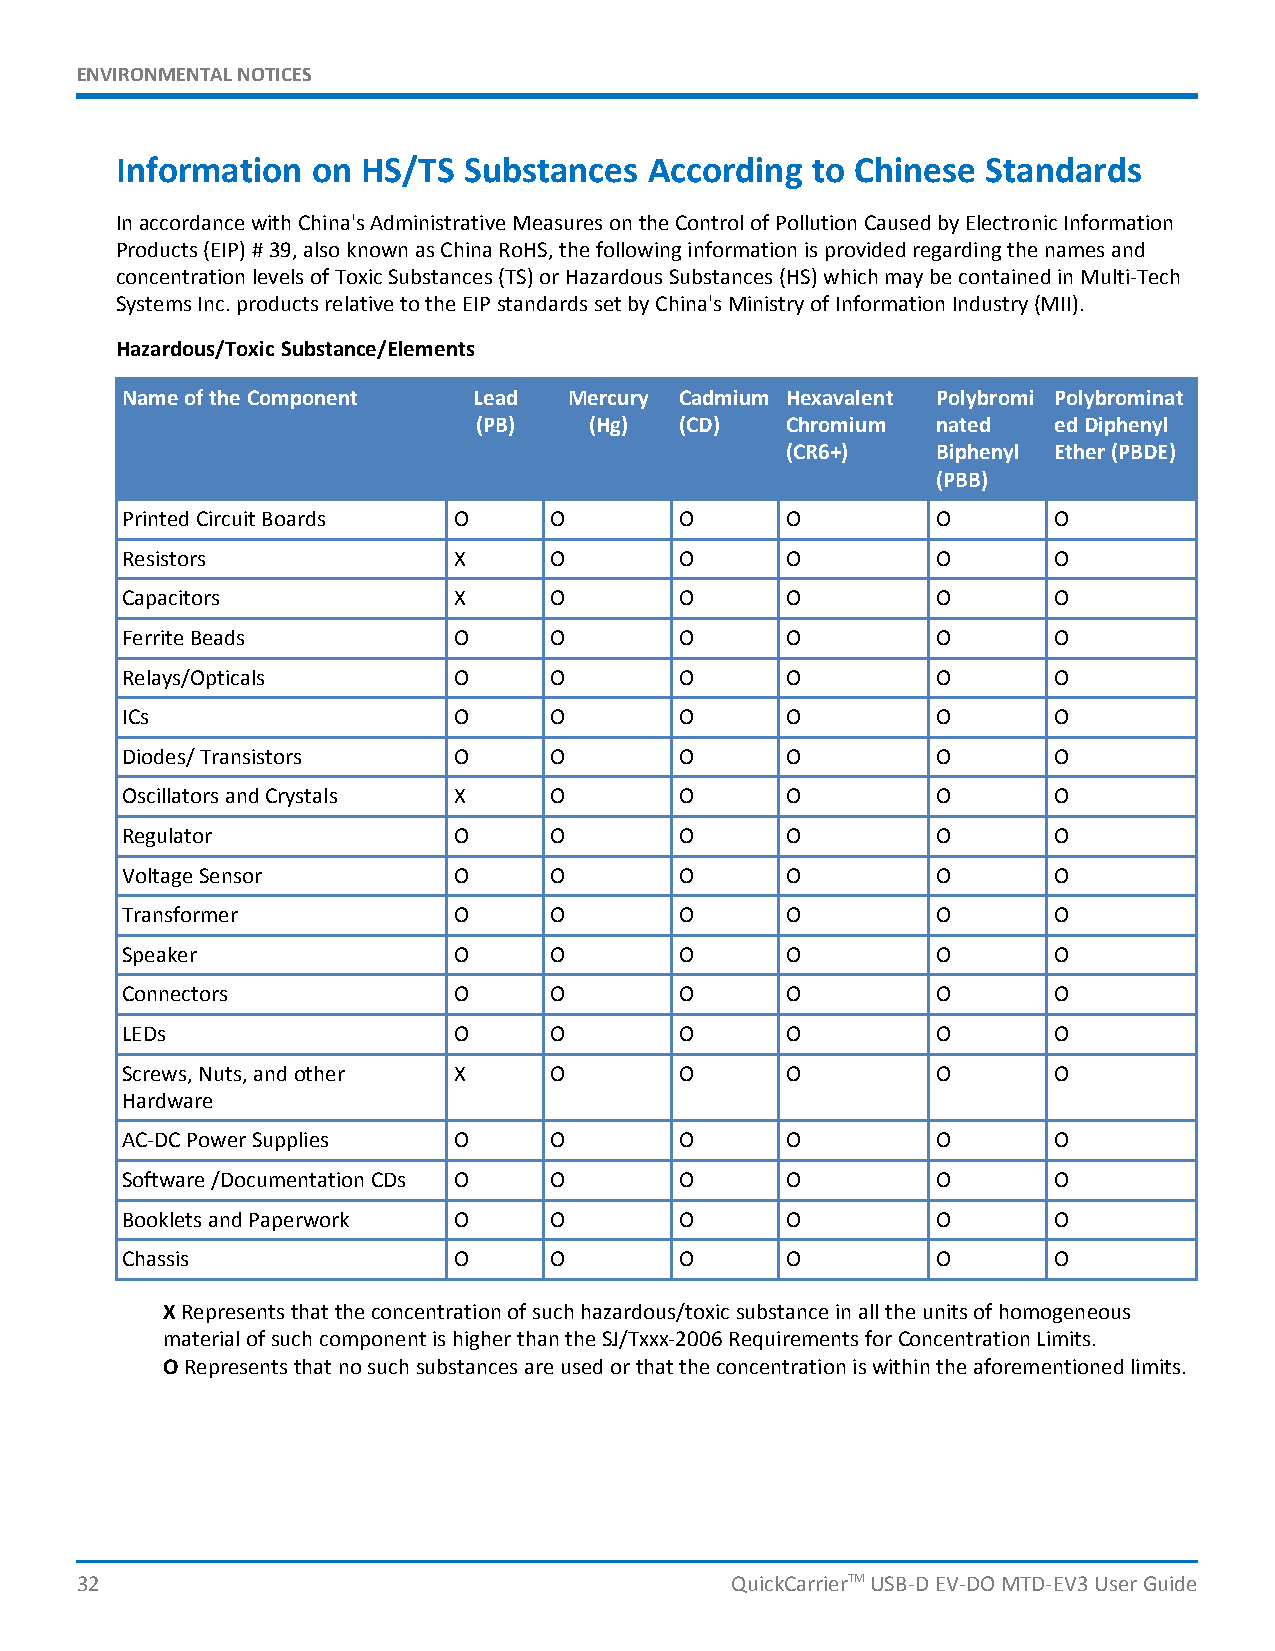
ENVIRONMENTALNOTICES
 Information  on HS/TS  Substances  According  to Chinese Standards
 InaccordancewithChina'sAdministrativeMeasuresontheControlofPollutionCausedbyElectronicInformation
 Products(EIP)#39,alsoknownasChinaRoHS,thefollowinginformationisprovidedregardingthenamesand
 concentrationlevelsofToxicSubstances(TS)orHazardousSubstances(HS)whichmaybecontainedinMulti-Tech
 SystemsInc.productsrelativetotheEIPstandardssetbyChina'sMinistryofInformationIndustry(MII).
 Hazardous/ToxicSubstance/Elements
 NameoftheComponent     Lead   Mercury Cadmium Hexavalent Polybromi Polybrominat
 (PB)   (Hg)  (CD)   Chromium  nated   edDiphenyl
 (CR6+)    Biphenyl Ether(PBDE)
 (PBB)
 PrintedCircuitBoards  O     O        O      O         O       O
 Resistors             X     O        O      O         O       O
 Capacitors            X     O        O      O         O       O
 FerriteBeads          O     O        O      O         O       O
 Relays/Opticals       O     O        O      O         O       O
 ICs                   O     O        O      O         O       O
 Diodes/Transistors    O     O        O      O         O       O
 OscillatorsandCrystals X    O        O      O         O       O
 Regulator             O     O        O      O         O       O
 VoltageSensor         O     O        O      O         O       O
 Transformer           O     O        O      O         O       O
 Speaker               O     O        O      O         O       O
 Connectors            O     O        O      O         O       O
 LEDs                  O     O        O      O         O       O
 Screws,Nuts,andother  X     O        O      O         O       O
 Hardware
 AC-DCPowerSupplies    O     O        O      O         O       O
 Software/DocumentationCDs O O        O      O         O       O
 BookletsandPaperwork  O     O        O      O         O       O
 Chassis               O     O        O      O         O       O
 XRepresentsthattheconcentrationofsuchhazardous/toxicsubstanceinalltheunitsofhomogeneous
 materialofsuchcomponentishigherthantheSJ/Txxx-2006RequirementsforConcentrationLimits.
 ORepresentsthatnosuchsubstancesareusedorthattheconcentrationiswithintheaforementionedlimits.
 32                                         QuickCarrierTMUSB-DEV-DOMTD-EV3UserGuide